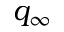
q _ { \infty }